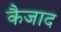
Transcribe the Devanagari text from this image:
कैजाद